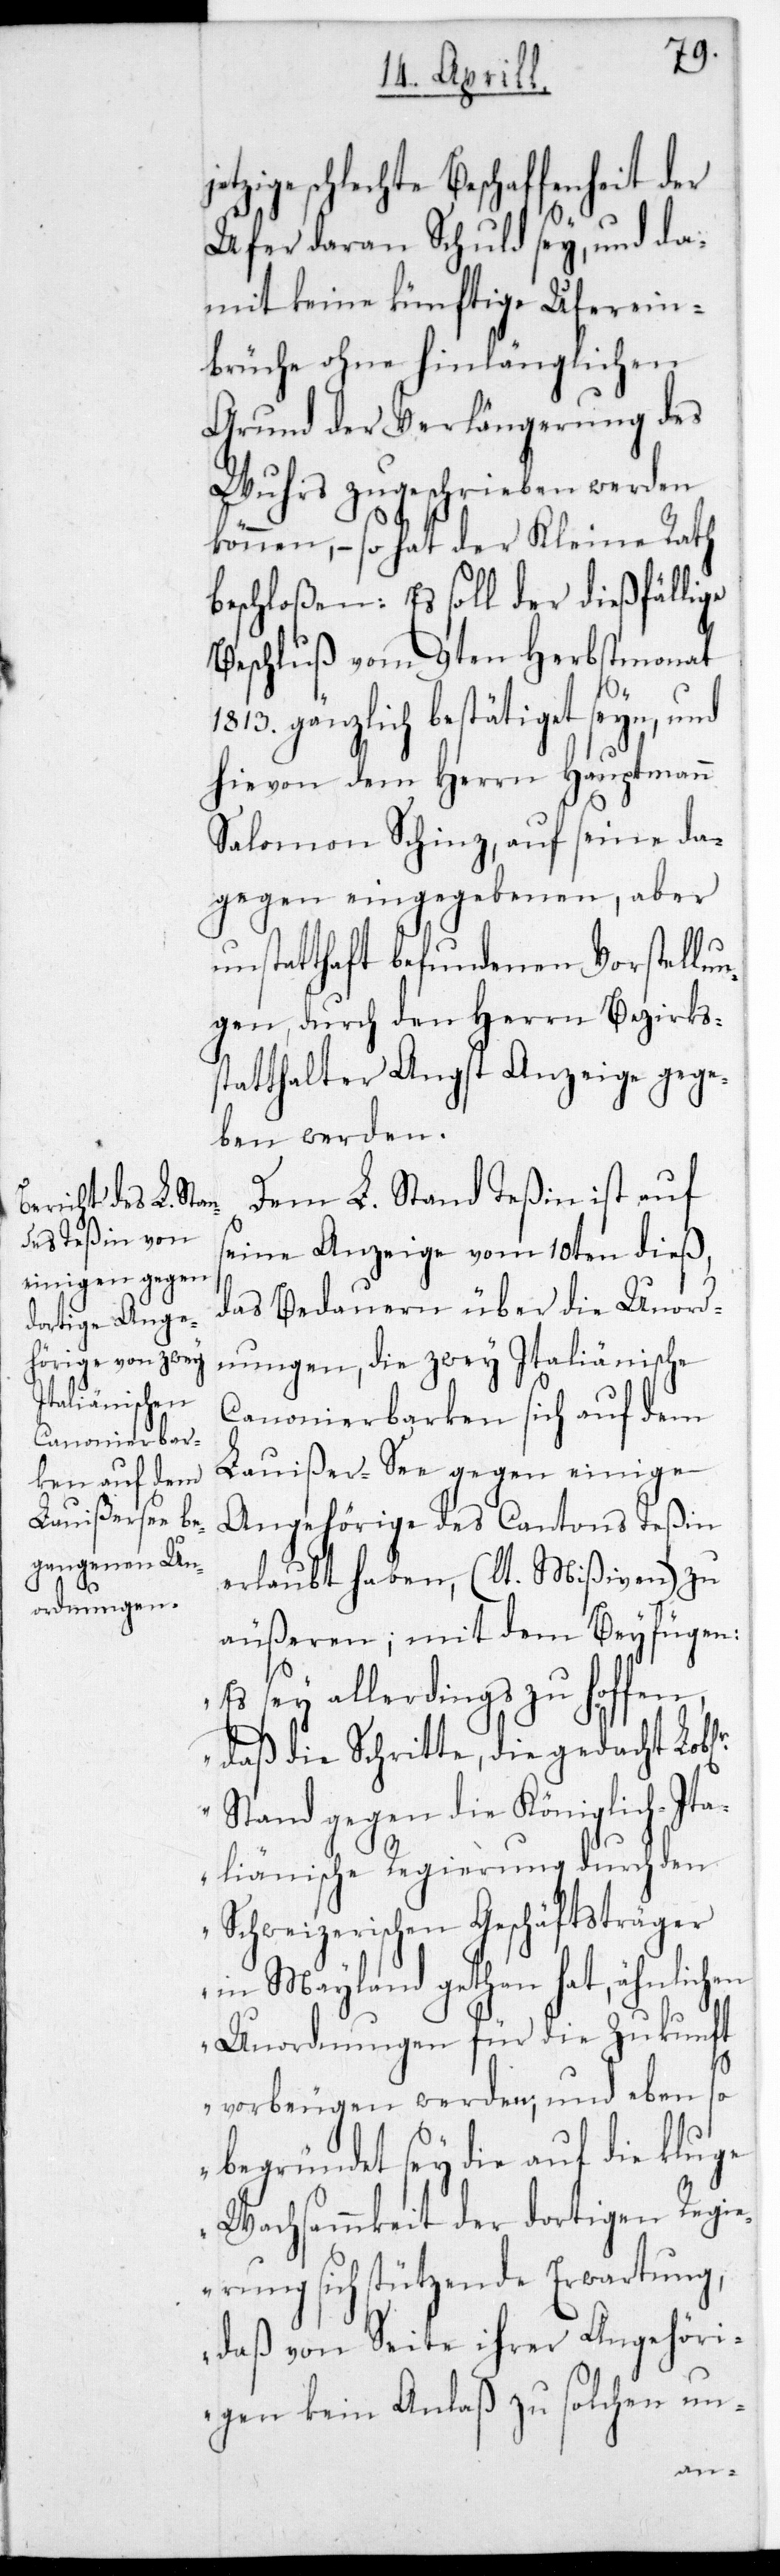
schlechte Beschaffenheit der
Ufer daran Schuld sey, und da¬
mit keine künftige Uferein¬
brüche ohne hinlänglichen
Grund der Verlängerung des
Wuhrs zugeschrieben werden
können, – so hat der Kleine Rath
beschloßen: Es soll der dießfällige
Beschluß vom 9ten Herbstmonat
gänzlich bestätiget seyn, und
hievon dem Herrn Hauptmann
Salomon Schinz auf seine da¬
gegen eingegebenen, aber
unstatthaft befundenen Vorstellun¬
gen, durch den Herrn Bezirks¬
statthalter Angst Anzeige gege¬
ben werden.
Dem L. Stand Teßin ist auf
seine Anzeige vom 10ten dieß,
das Bedauern über die Unord¬
nungen, die zwey Italiänische
Canonierbarken sich auf dem
Lauißersee gegen einige
Angehörige des Cantons Teßin
erlaubt haben, (lt. Mißiven) zu
äußeren; mit dem Beyfügen:
„Es sey allerdings zu hoffen,
daß die Schritte, die gedacht L.
Stand gegen die Königlich-Ita¬
liänische Regierung durch den
Schweizerischen Geschäftsträger
in Mayland getan hat, ähnlichen
Unordnungen für die Zukunft
vorbeugen werden, und ebenso
begründet sey die auf die kluge
Wachsammkeit der dortigen Regi¬
erung sich stützende Erwartung,
daß von Seite ihrer Angehöri¬
gen kein Anlaß zu solchen un-